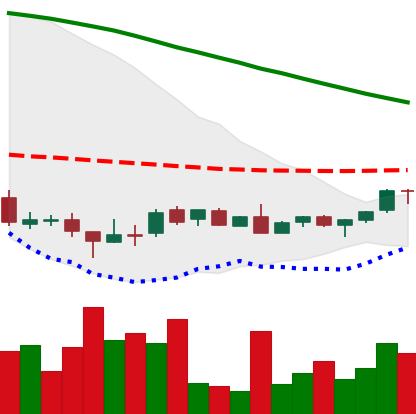
Ticker: DOGE-USD
Chart end date: 2018-08-29
Forward return: 102.072%
Label: up_7plus